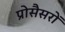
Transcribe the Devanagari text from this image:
प्रोसैसरों